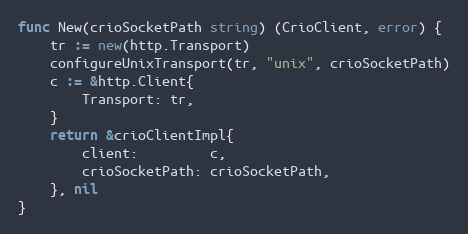
Language: Go
func New(crioSocketPath string) (CrioClient, error) {
	tr := new(http.Transport)
	configureUnixTransport(tr, "unix", crioSocketPath)
	c := &http.Client{
		Transport: tr,
	}
	return &crioClientImpl{
		client:         c,
		crioSocketPath: crioSocketPath,
	}, nil
}